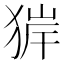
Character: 𤟉